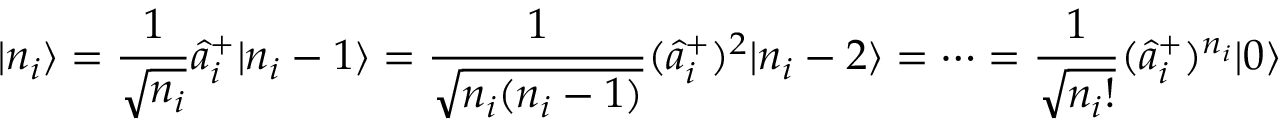
| n _ { i } \rangle = \frac { 1 } { \sqrt { n _ { i } } } \hat { a } _ { i } ^ { + } | n _ { i } - 1 \rangle = \frac { 1 } { \sqrt { n _ { i } ( n _ { i } - 1 ) } } ( \hat { a } _ { i } ^ { + } ) ^ { 2 } | n _ { i } - 2 \rangle = \dots = \frac { 1 } { \sqrt { n _ { i } ! } } ( \hat { a } _ { i } ^ { + } ) ^ { n _ { i } } | 0 \rangle